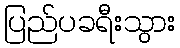
ပြည်ပခရီးသွား